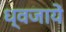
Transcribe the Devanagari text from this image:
ध्वजायें